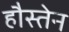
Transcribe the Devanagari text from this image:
हौस्तेन